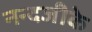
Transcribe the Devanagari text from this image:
नन्दजीके